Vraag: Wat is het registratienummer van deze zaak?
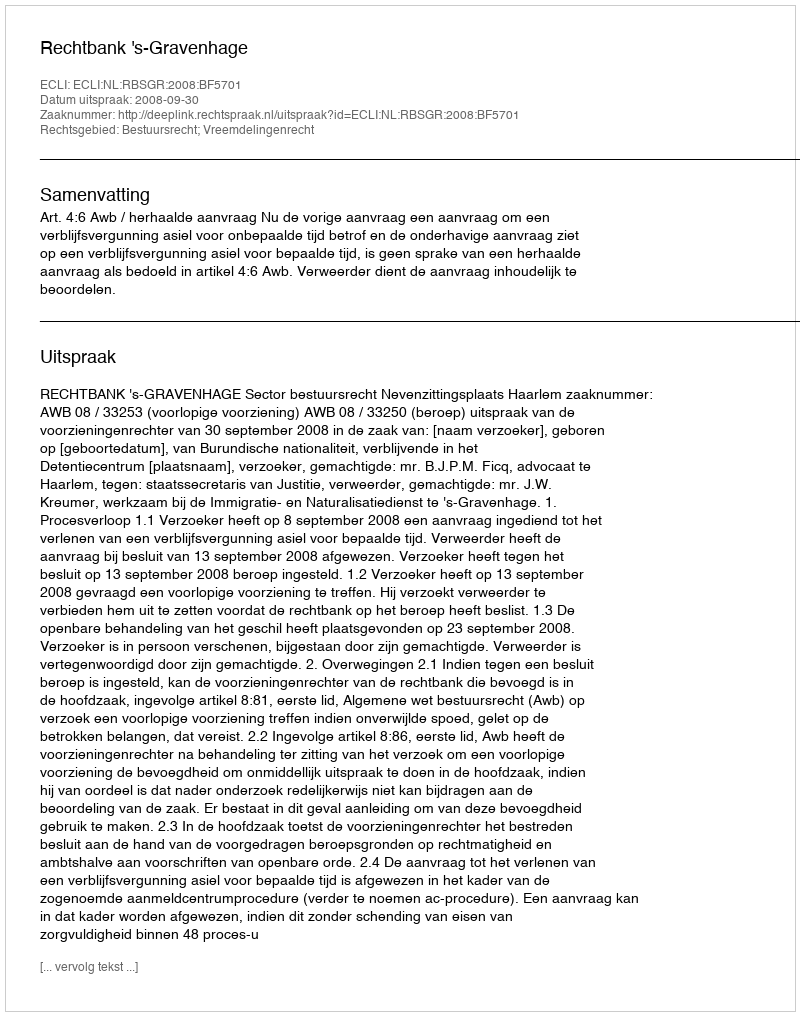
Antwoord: http://deeplink.rechtspraak.nl/uitspraak?id=ECLI:NL:RBSGR:2008:BF5701